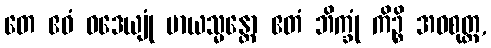
တေ ဧဝံ ဝဒေယျုံ မာယသ္မန္တော ဧတံ ဘိက္ခုံ ကိဉ္စိ အဝစုတ္ထ,